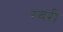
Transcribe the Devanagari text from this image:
रवरी